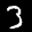
Label: 3